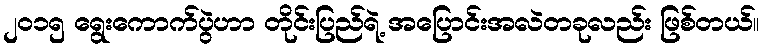
၂၀၁၅ ရွေးကောက်ပွဲဟာ တိုင်းပြည်ရဲ့ အပြောင်းအလဲတခုလည်း ဖြစ်တယ်။